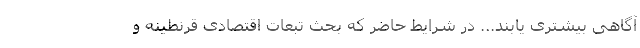
آگاهی بیشتری یابند... در شرایط حاضر که بحث تبعات اقتصادی قرنطینه و